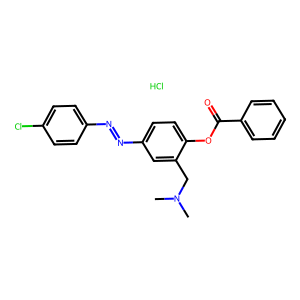
SMILES: CN(C)Cc1cc(N=Nc2ccc(Cl)cc2)ccc1OC(=O)c1ccccc1.Cl
Inhibits HIV replication: No